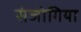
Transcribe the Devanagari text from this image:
संजोगिया